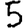
Digit: 5